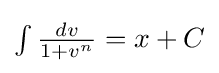
{\textstyle \int {\frac {dv}{1+v^{n}}}=x+C}